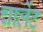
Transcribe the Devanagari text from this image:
चार्लेट